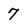
Character: 7